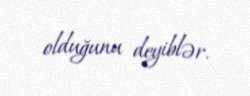
olduğunu deyiblər.